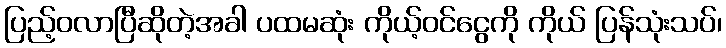
ပြည့်ဝလာပြီဆိုတဲ့အခါ ပထမဆုံး ကိုယ့်ဝင်ငွေကို ကိုယ် ပြန်သုံးသပ်၊